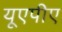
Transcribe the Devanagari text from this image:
यूएपीए